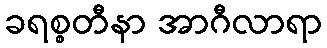
ခရစ္စတီနာ အာဂီလာရာ